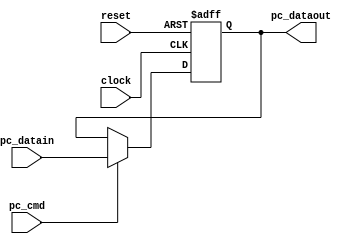
module pc (clock,reset,pc_cmd,pc_datain,pc_dataout);

input clock, reset, pc_cmd;
input [11:0] pc_datain;
output reg [11:0] pc_dataout;
wire [11:0] pc_next;                       

always@ (posedge clock or posedge reset)
begin
	if(reset)                              
		pc_dataout <= 0;
	else begin
		if(pc_cmd)                             
			pc_dataout <= pc_datain;
	end
end               
endmodule